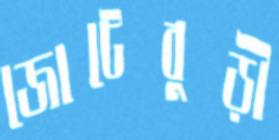
জোটেবুড়ী